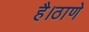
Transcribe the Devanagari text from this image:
है।ठाणे